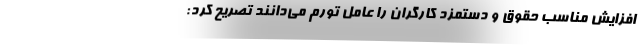
افزایش مناسب حقوق و دستمزد کارگران را عامل تورم می‌دانند تصریح کرد: